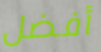
أفضل